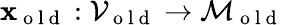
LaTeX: \mathbf{x}_{\mathrm{{~o~l~d~}}}:\mathcal{{V}}_{\mathrm{{~o~l~d~}}}\to\mathcal{{M}}_{\mathrm{{~o~l~d~}}}